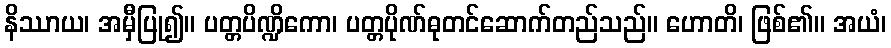
နိဿာယ၊ အမှီပြု၍။ ပတ္တပိဏ္ဍိကော၊ ပတ္တပိုဏ်ဓုတင်ဆောက်တည်သည်။ ဟောတိ၊ ဖြစ်၏။ အယံ၊